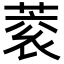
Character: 𮐀